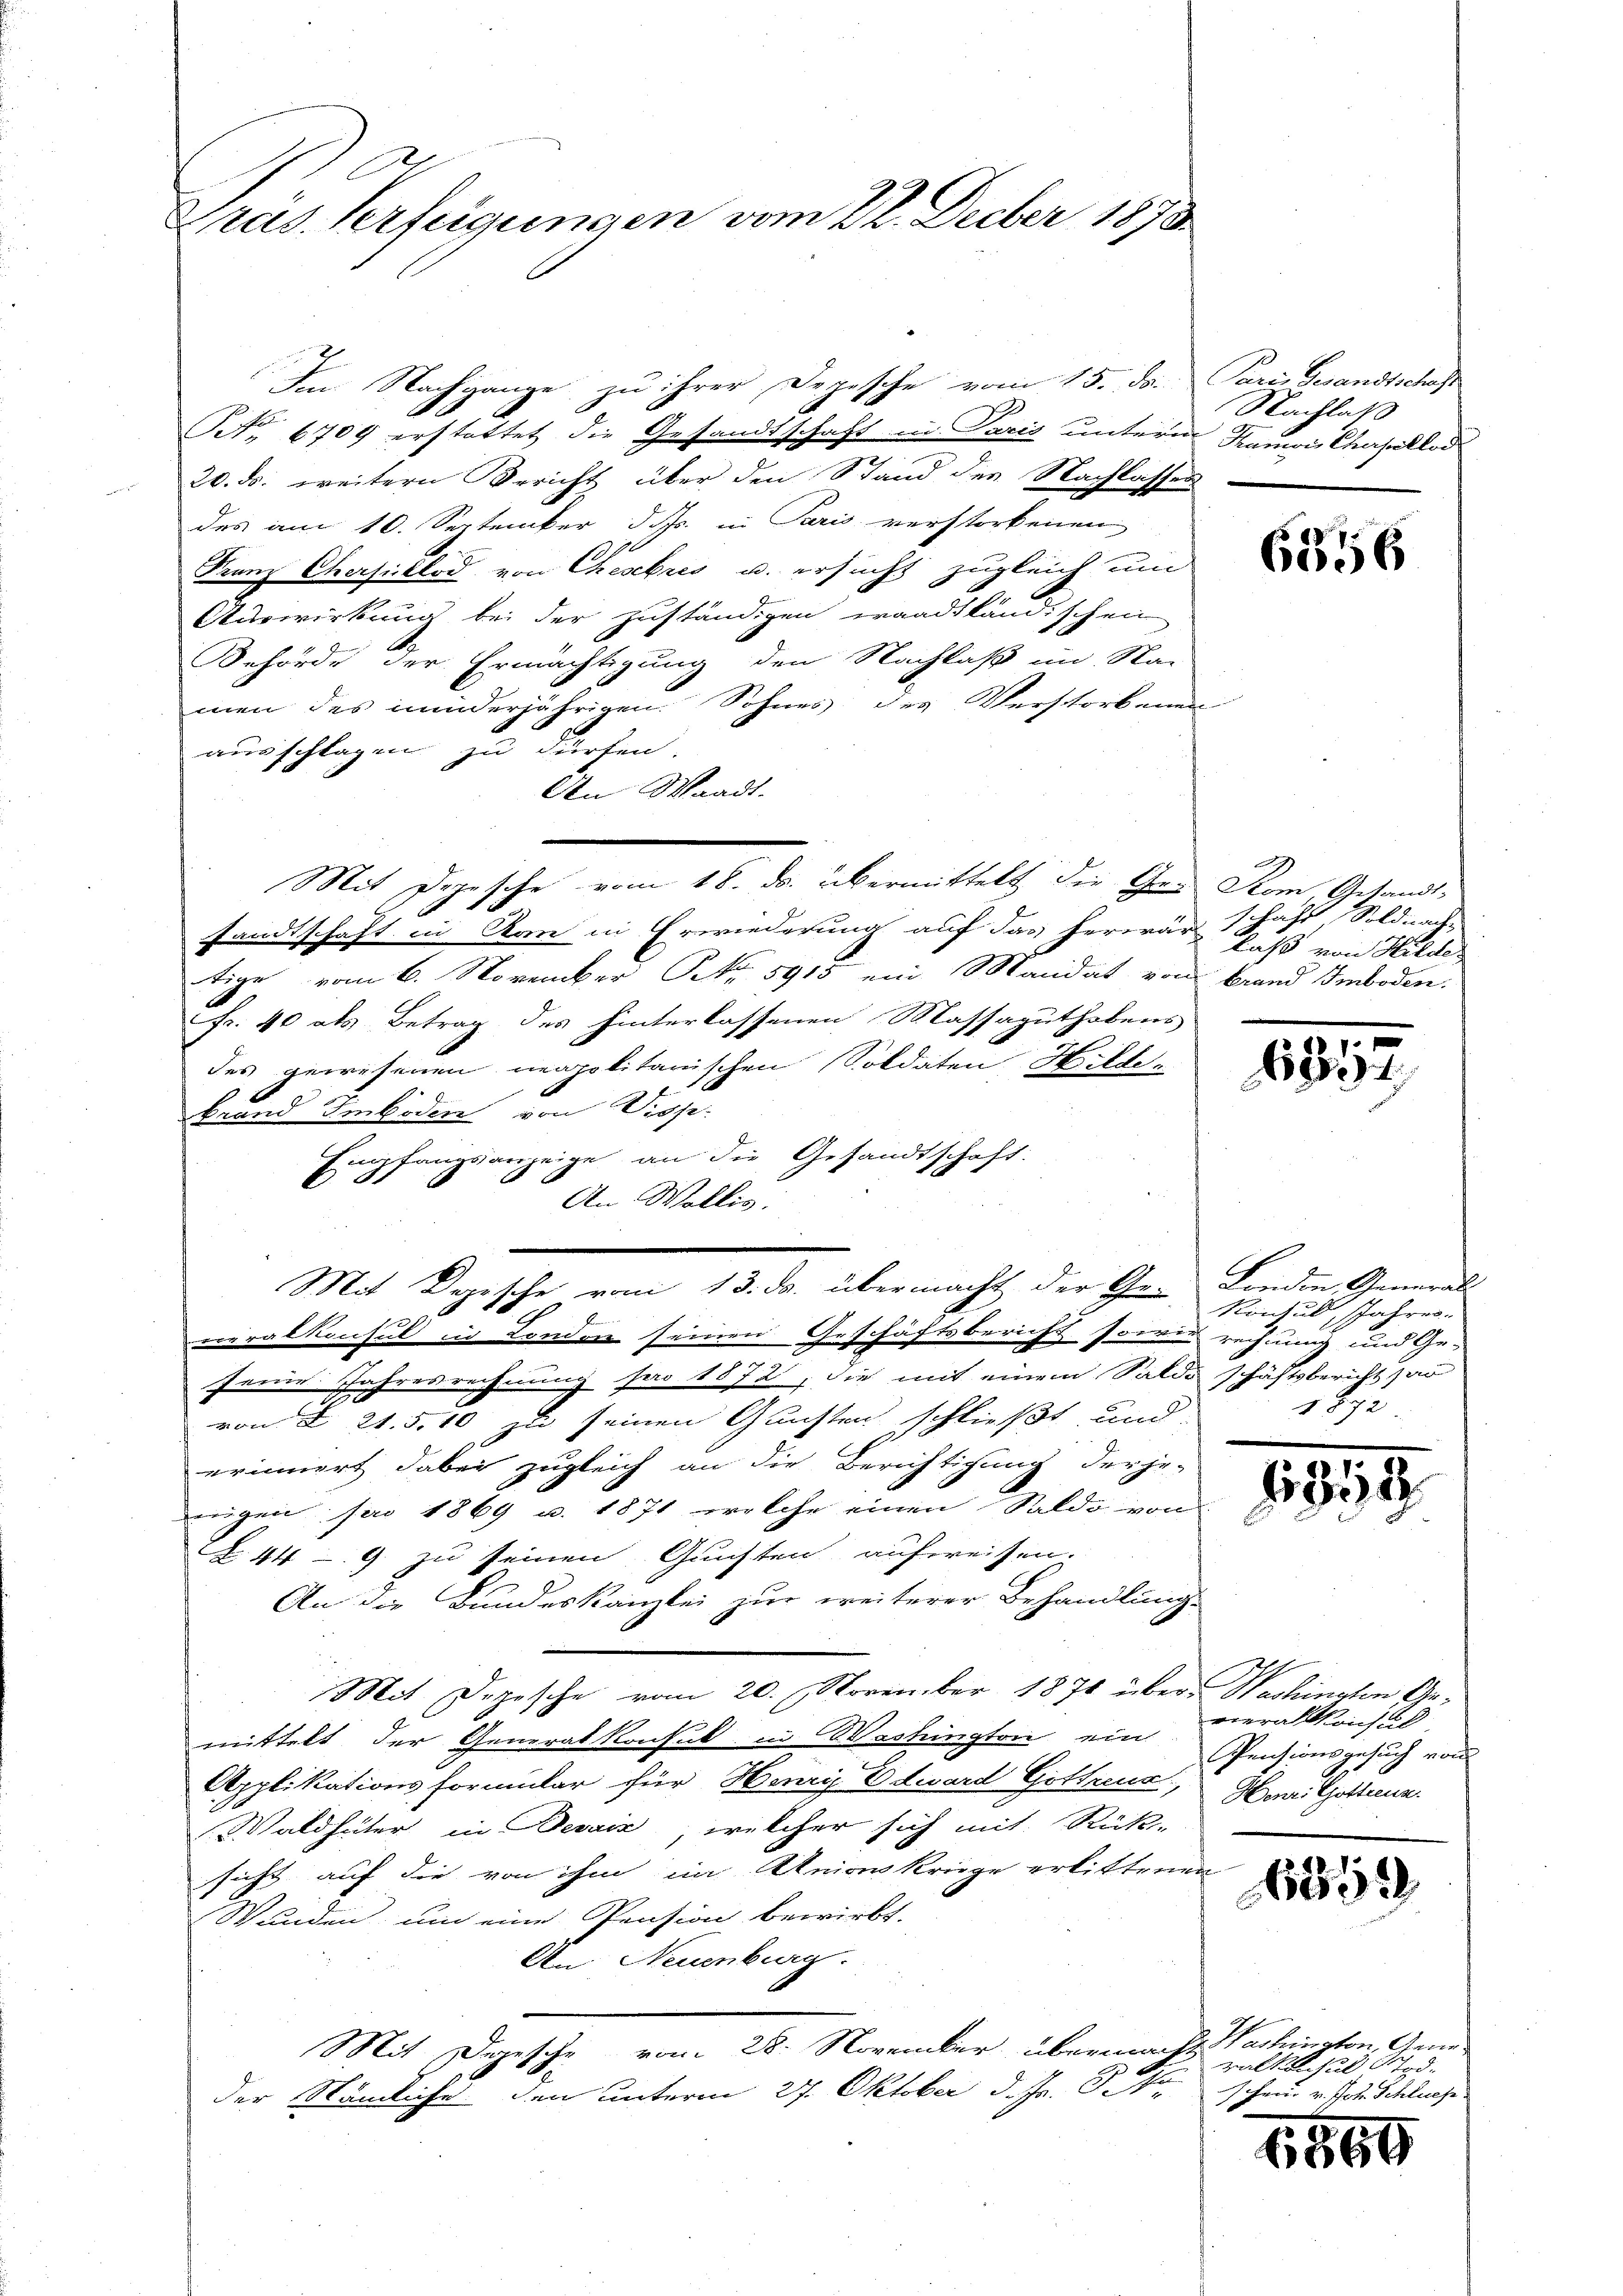
Pras. Verfügungen vom 22. Decber 1873

Im Nachgange zu ihrer Depesche vom 15. Ja. Paris Gesandtschaf
Nr. 6709 erstattet die Gesandtschaft in Paris unterm Samois Cherpallod
20. ds. weitern Bericht über den Stand der Nachlassen
des am 10. September d. Js. in Paris verstorbenen
Franz Obersihlod von Chesebres u. ersucht zugleich um
Auswirkung bei der zuständigen waadtländischen
Behörde der Ermächtigung den Nachlaß im Sta-
men des minderjährigen Sohnes des Verstorbenen
ausschlagen zu dürfen.
An Waadt.
sandtschaft in Korn in Erwiederung auf das Herrrar, daß von Hilde
tige vom 6. November No. 5915 ein Mandat von Brand Imboden.
A
fr. 40 als Betrag des hinterlassenen Massaguthobens
des gewesenen neapolitanischen Soldaten, Hilde-
brand Tinboden von Disp.
Empfangsanzeige an die Gesandtschaft.
 51
An Wallis.
Mit Dogische vom 13. ds. übermacht der Ge- London Generals
neralkonsul in London seinen Geschäftsbericht sowie rechnung und Ge-
seine Jahresrechnung pro 1872, die mit einem Saldo schäftsbericht par
von § 21. 510 zu seinen Gunsten schließt, und
erinnert dabei zugleich an die Berichtigung der je-
meigen sei 1869 u. 1871 welche einen Saldo von
§ 449 zu seinen Gunsten aufweisen.
An die Bundeskanzlei zur weiterer Behandlung.
Mit Depesche vom 20. November 1871 über Nachingten Gemittelt der Generalkonsul in Wastungton ein
Applikationsformular für Henry Edward Göttreue, Hani Gotterun
Waldhüter in Devaiz, welcher sich mit Rück-
sicht auf die von ihm in Unionskriege erlittenen
Wunden um eine Pension bewirkt.
An Neuenburg.
Mit Dgesche vom 28. November übermacht
der Nämliche den unterm 27. Oktober d. Js. So schen v. Joh. Schluche

Mit Depesche vom 18. ds. übermittelt die Gren dem Gesandt-

Nachlas

6556

schaft Soldnach

1852

Konsul, Jahres.
1872

1959

vieralkonsul
Pensionsgesuch von

6859

Washington, Generaltafel Stod.

1566